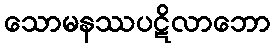
သောမနဿပဋိလာဘော